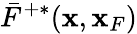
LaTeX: \bar{F}^{+*}({\mathbf x},{\mathbf x}_{F})